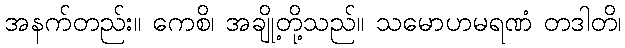
အနက်တည်း။ ကေစိ၊ အချို့တို့သည်။ သမောဟမရဏံ တဒါတိ၊